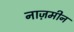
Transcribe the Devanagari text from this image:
नाज़मीन